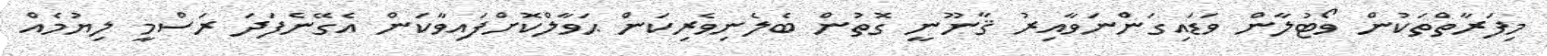
މިފަރާތްތަކުން ވޯޓުލާން ވަޑައިގަންނަވާއިރު ޤާނޫނީ ގޮތުން ބެލެނިވެރިކަން ޙަވާލްކޮށްފައިވާކަން އެގޭނެފަދަ ރަސްމީ ލިޔުމެއް